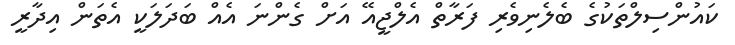
ކައުންސިލްތަކުގެ ބެލެނިވެރި ފަރާތް އެލްޖީއޭ އަށް ގެންނަ އެއް ބަދަލަކީ އެތަން އިދާރީ